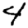
Digit: 4